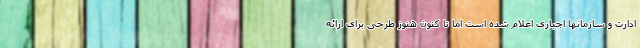
ادارت و سازمانها اجباری اعلام شده است اما تا کنون هنوز طرحی برای ارائه